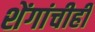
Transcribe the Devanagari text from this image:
शेंगांचीही